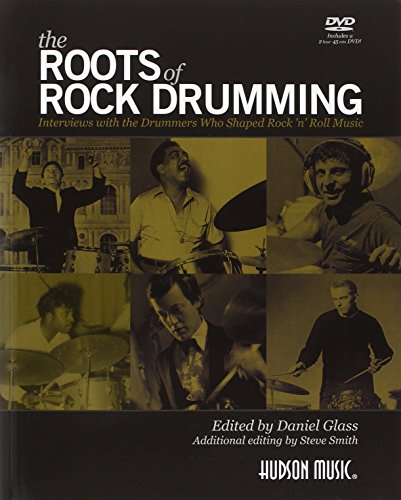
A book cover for The Roots of Rock Drumming Book/DVD; Humor & Entertainment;